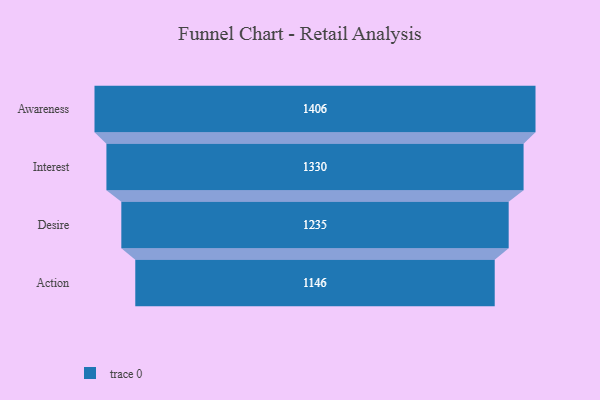
{"axis": {"x": "Stage", "y": "Value"}, "legend": [""], "data": [{"x": "Awareness", "y": 1406.0, "type": ""}, {"x": "Interest", "y": 1330.0, "type": ""}, {"x": "Desire", "y": 1235.0, "type": ""}, {"x": "Action", "y": 1146.0, "type": ""}]}